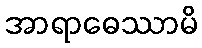
အာရာဓေဿာမိ